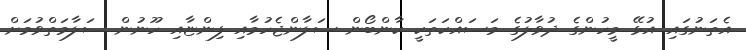
އެތަނުގައި އުޅޭ މީހުންގެ ދުވާލުގެ މަސައްކަތަކީ ކާންބޯން ސަލާންޖެހުމާއި ފިންޏާއި ހޫނުން ސަލާމަތްވުމަށް